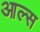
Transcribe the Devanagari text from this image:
आल्स